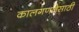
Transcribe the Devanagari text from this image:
कालगणनेसाठी